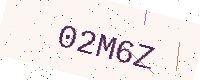
Text: 02M6Z